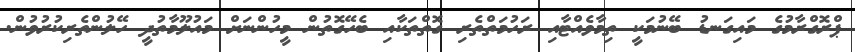
ޕްރޮގްރާމުގެ މައިގަނޑު ބޭނުމަކީ ތިމާވެއްޓާއި ރަހުމަތްތެރި ގޮތްތަކާއި ބެހޭގޮތުން މީހުންނަށް މައުލޫމާތުދީ ހޭލުންތެރިކުރުވުން.